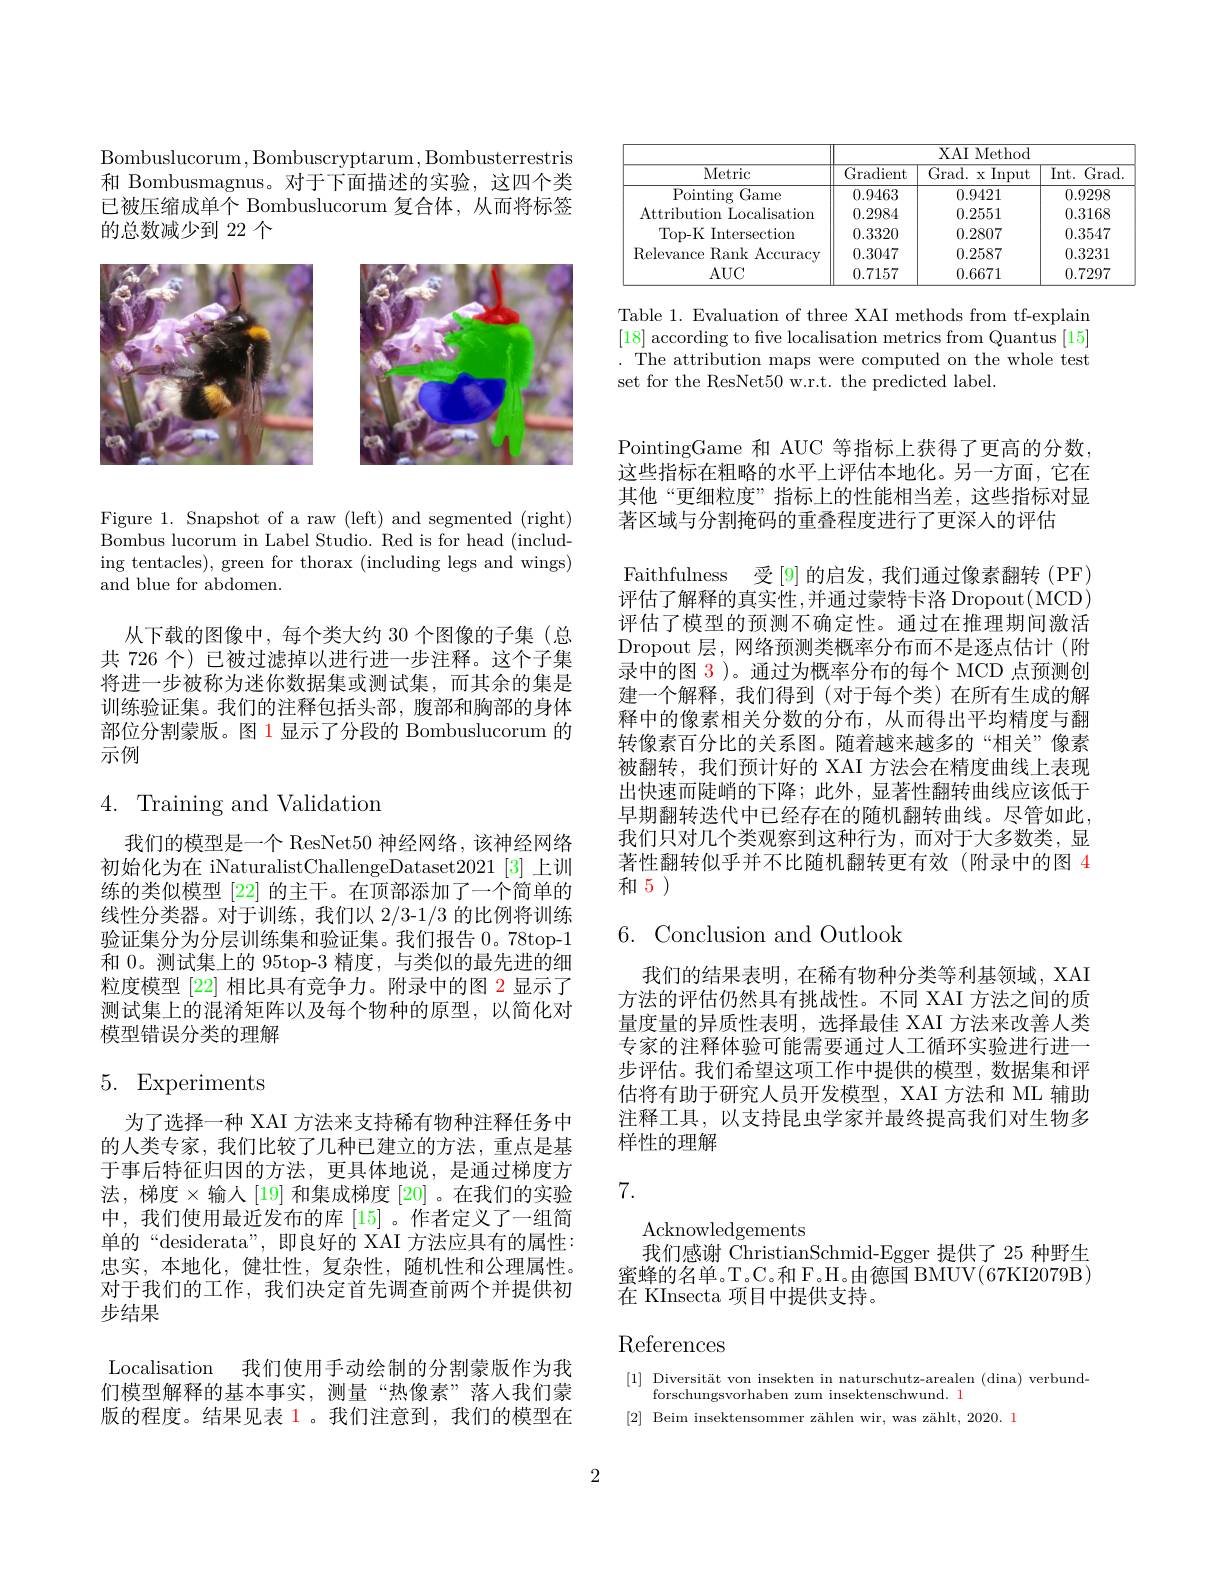
Bombuslucorum, Bombuscryptarum, Bombusterrestris 和 Bombusmagnus。对于下面描述的实验，这四个类已被压缩成单个 Bombuslucorum 复合体，从而将标签的总数减少到 22 个

<FigureHere>

Figure 1. Snapshot of a raw (left) and segmented (right) Bombus lucorum in Label Studio. Red is for head (including tentacles), green for thorax (including legs and wings) and blue for abdomen.

从下载的图像中，每个类大约 30 个图像的子集(总共 726 个) 已被过滤掉以进行进一步注释。这个子集将进一步被称为迷你数据集或测试集，而其余的集是训练验证集。我们的注释包括头部，腹部和胸部的身体部位分割蒙版。图 1 显示了分段的 Bombuslucorum 的示例

# 4. Training and Validation

我们的模型是一个 ResNet50 神经网络，该神经网络初始化为在 iNaturalistChallengeDataset2021[3]上训练的类似模型 [22] 的主干。在顶部添加了一个简单的线性分类器。对于训练，我们以 2/3-1/3 的比例将训练验证集分为分层训练集和验证集。我们报告 0。78top-1和 0。测试集上的 95top-3 精度，与类似的最先进的细粒度模型[22]相比具有竞争力。附录中的图 2 显示了测试集上的混淆矩阵以及每个物种的原型，以简化对模型错误分类的理解

# 5. Experiments

为了选择一种 XAI 方法来支持稀有物种注释任务中的人类专家，我们比较了几种已建立的方法，重点是基于事后特征归因的方法，更具体地说，是通过梯度方法，梯度$\times$输人[19]和集成梯度[20]。在我们的实验中，我们使用最近发布的库[15]。作者定义了一组简单的“desiderata”,即良好的 XAI 方法应具有的属性： 忠实，本地化，健壮性，复杂性，随机性和公理属性。对于我们的工作，我们决定首先调查前两个并提供初步结果
Localisation 我们使用手动绘制的分割蒙版作为我们模型解释的基本事实，测量“热像素”落人我们蒙

版的程度。结果见表 1。我们注意到，我们的模型在

<table>
	<tbody>
		<tr>
			<th rowspan="2">Metric</th>
			<th colspan="3">XAI Method</th>
		</tr>
		<tr>
			<th>Gradient</th>
			<th>Grad. x Input</th>
			<th>$\overline{\mathrm{Int.~Grad}}$</th>
		</tr>
		<tr>
			<td>Pointing Game</td>
			<td>0.9463</td>
			<td>0.9421</td>
			<td>0.9298</td>
		</tr>
		<tr>
			<td>Attribution Localisation</td>
			<td>0.2984</td>
			<td>0.2551</td>
			<td>0.3168</td>
		</tr>
		<tr>
			<td>Top- K Intersection</td>
			<td>0.3320</td>
			<td>0.2807</td>
			<td>0.3547</td>
		</tr>
		<tr>
			<td>Relevance Rank Accuracy</td>
			<td>0.3047</td>
			<td>0.2587</td>
			<td>0.3231</td>
		</tr>
		<tr>
			<td>$AUC$</td>
			<td>0.7157</td>
			<td>0.6671</td>
			<td>0.7297</td>
		</tr>
	</tbody>
</table>

Table 1. Evaluation of three XAI methods from tf-explain [18] according to fve localisation metrics from Quantus [15] . The attribution maps were computed on the whole test set for the ResNet50 w.r.t. the predicted label.

PointingGame 和 AUC 等指标上获得了更高的分数， 这些指标在粗略的水平上评估本地化。另一方面，它在其他“更细粒度”指标上的性能相当差，这些指标对显著区域与分割掩码的重叠程度进行了更深人的评估
Faithfulness 受[9]的启发，我们通过像素翻转(PF) 评估了解释的真实性，并通过蒙特卡洛 Dropout(MCD) 评估了模型的预测不确定性。通过在推理期间激活Dropout 层，网络预测类概率分布而不是逐点估计(附录中的图 3)。通过为概率分布的每个 MCD 点预测创建一个解释，我们得到(对于每个类)在所有生成的解释中的像素相关分数的分布，从而得出平均精度与翻转像素百分比的关系图。随着越来越多的“相关”像素被翻转，我们预计好的 XAI 方法会在精度曲线上表现出快速而陡峭的下降；此外，显著性翻转曲线应该低于早期翻转迭代中已经存在的随机翻转曲线。尽管如此， 我们只对几个类观察到这种行为，而对于大多数类，显著性翻转似乎并不比随机翻转更有效(附录中的图 4和5)

# 6.Conclusion and Outlook

我们的结果表明，在稀有物种分类等利基领域，XAI 方法的评估仍然具有挑战性。不同 XAI 方法之间的质量度量的异质性表明，选择最佳 XAI 方法来改善人类专家的注释体验可能需要通过人工循环实验进行进一步评估。我们希望这项工作中提供的模型，数据集和评估将有助于研究人员开发模型，XAI 方法和 ML 辅助注释工具，以支持昆虫学家并最终提高我们对生物多样性的理解

7.

Acknowledgements
我们感谢 ChristianSchmid-Egger 提供了 25 种野生蜜蜂的名单。T。C。和 F。H。由德国 BMUV(67KI2079B) 在 KInsecta 项目中提供支持。

# References

[1] Diversität von insekten in naturschutz-arealen (dina) verbund-
forschungsvorhaben zum insektenschwund. l
[2] Beim insektensommer zählen wir, was zählt, 2020. l

2